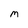
Character: M